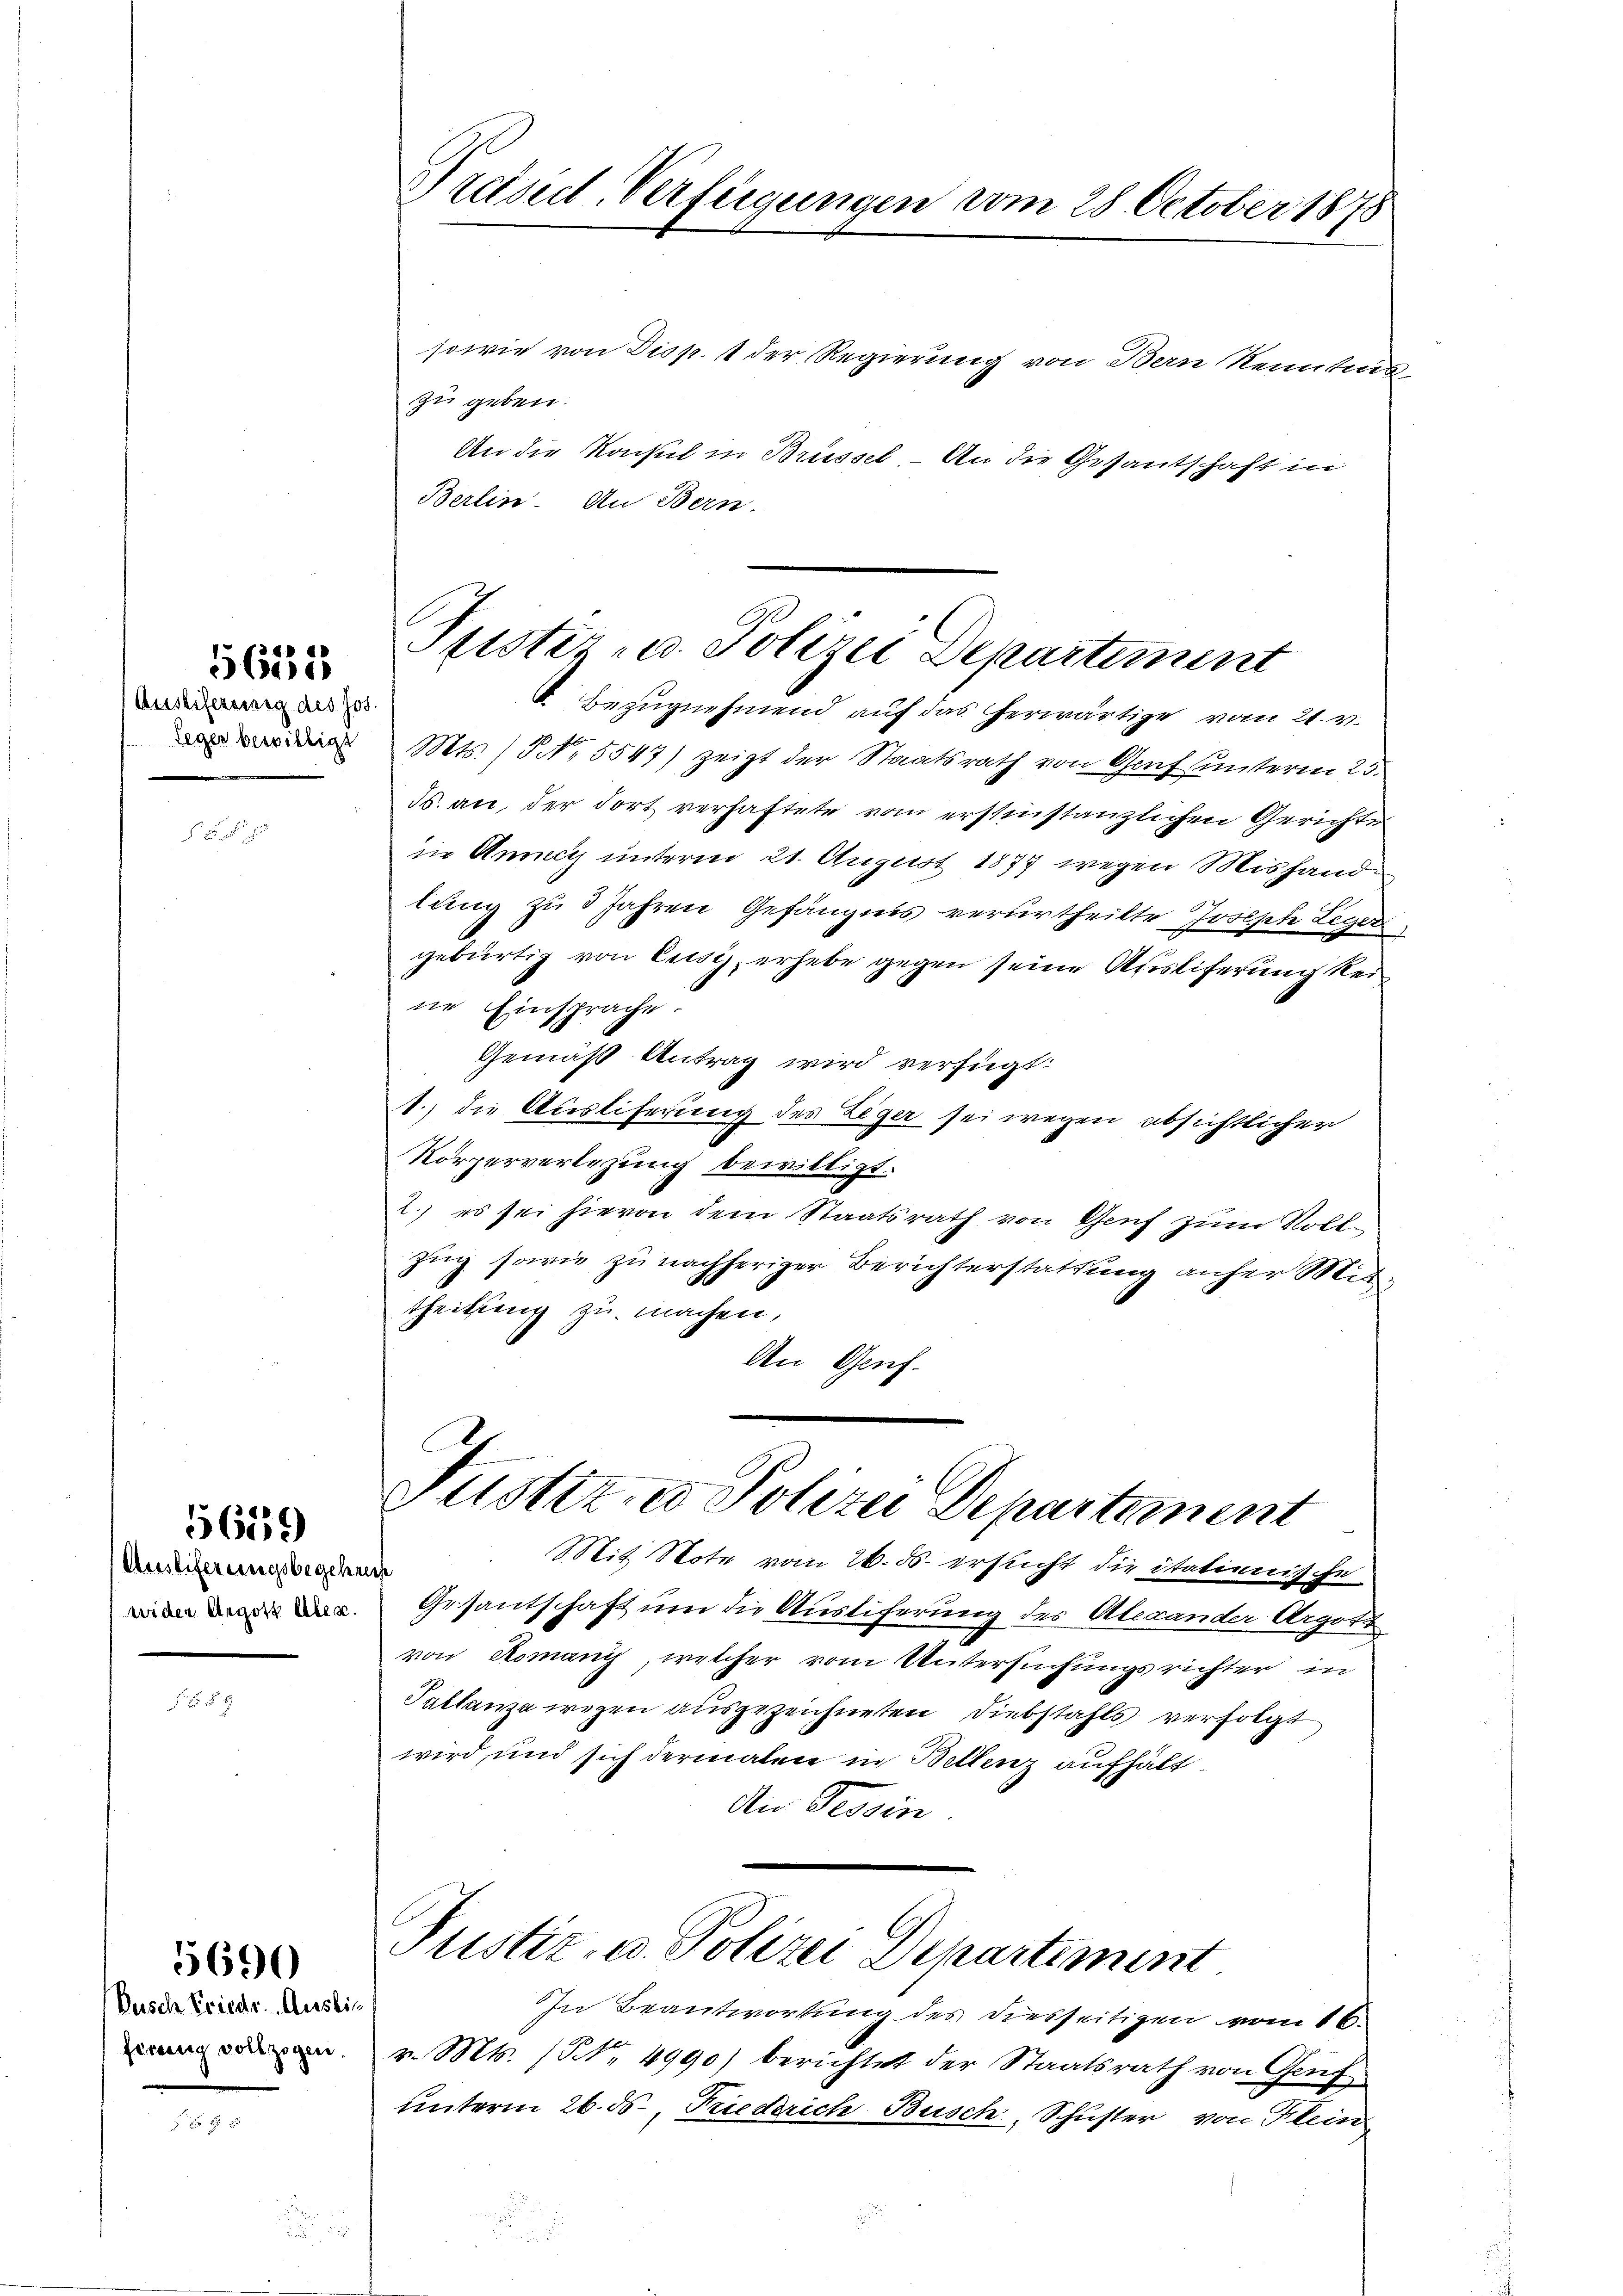
5623

Ausliefereinig des Jos.

Auslieferungsbegehe,

5659

Pusch Friedr. Auslie
ferung vollzogen.

5690

Präsid-Verfügungen vom 28. October 1878

sowie von Disp. 1 der Regierung von Bern Kenntes
zu geben.
An die Konsul in Brüssel. – An die Gesantschaft in
Berlin. An Bern.
 Bezugnehmend auf das herwärtige vom 21. v.
 Mts. / NNo. 5547) zeigt der Staatsrath von Grafsunterm 2.
Ts. an, der dort verhaftete vom erstinstanzlichen Gerichte
in Anny unterm 21. August 1877 wegen Mishandlung zu 3 Jahren Gefängnis verurtheilte Joseph Leger
gebürtig von Eusis, erhebe gegen seine Ausliferung keine Einsprache.
Gemäß Antrag wird verfügt:
1.) die Auslieferung des Leger sei wegen absichtlicher
Körperverlegung bewilligt.
2.) es sei hievon dem Staatsrath von Genf zum Vollzug sowie zu nachheriger Berichterstattung anher Mittheilung zu machen,
An Genf.
Justiz- u Polizei Departement
Mit Note vom 26. ds. ersucht die itationische
reese
c. Gesantschaft um die Austiferung des Alexander Argott
von Romany, welcher vom Untersuchungsrichter in
Taltanza wegen ausgezeichneten Diebstahls verfolgt
wird, und sich dermalen in Bellenz aufhält.
An Tessin

Puster- u. Polizei Departement

Justiz- u. Polizei Departement

In Beantwortung des diesseitigen vom 16.
v. Mts. (Nr. 4990) berichtet der Staatsrath von Gruf
unterm 26. ds., Friedrich Busch, Schuster von Klein